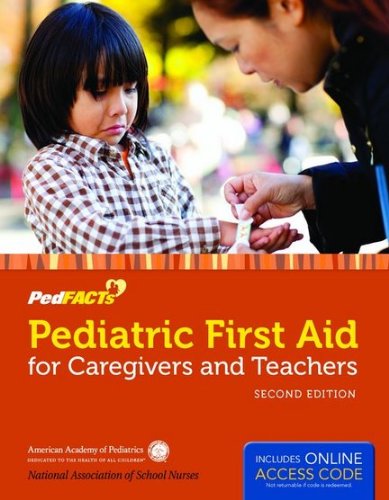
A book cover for Pediatric First Aid For Caregivers And Teachers (Pedfacts); AAP; Health, Fitness & Dieting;